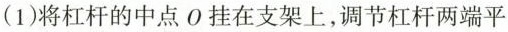
(第19题图)(1)将杠杆的中点O挂在支架上，调节杠杆两端平